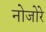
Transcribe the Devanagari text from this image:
नोजोरे